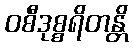
ဝစီဒုစ္စရိတန္တိ